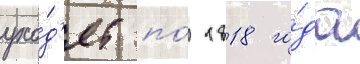
ухо́д'ят по́ 1818 го́да